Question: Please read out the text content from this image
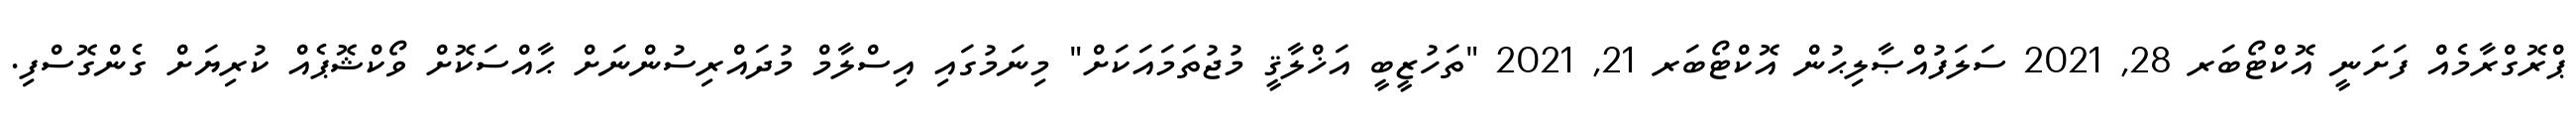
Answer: ޕްރޮގްރާމެއް ފަށަނީ އޮކްޓޯބަރ 28, 2021 ސަލަފުއްޞާލިޙުން އޮކްޓޯބަރ 21, 2021 "ތަހުޒީބީ އަޚްލާޤީ މުޖުތަމައަކަށް" މިނަމުގައި އިސްލާމް މުދައްރިސުންނަށް ޙާއްސަކޮށް ވޯކްޝޮޕެއް ކުރިޔަށް ގެންގޮސްފި.